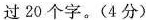
过20个字。(4分)